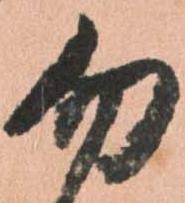
勿